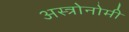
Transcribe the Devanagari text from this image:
अस्त्रोनोमी